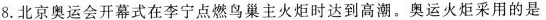
8. 北京奥运会开幕式在李宁点燃鸟巢主火炬时达到高潮。奥运火炬采用的是